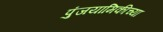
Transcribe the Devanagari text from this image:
पुंजयामिकीच्या